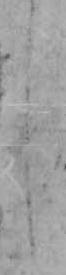
し